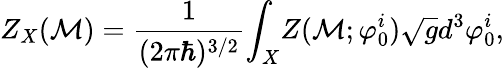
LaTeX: Z_{X}({\cal M})=\frac{1}{(2\pi\hbar)^{3/2}}{\int}_{X}Z({\cal M};{\varphi}_{0}^{i})\sqrt{g}d^{3}{\varphi}_{0}^{i},